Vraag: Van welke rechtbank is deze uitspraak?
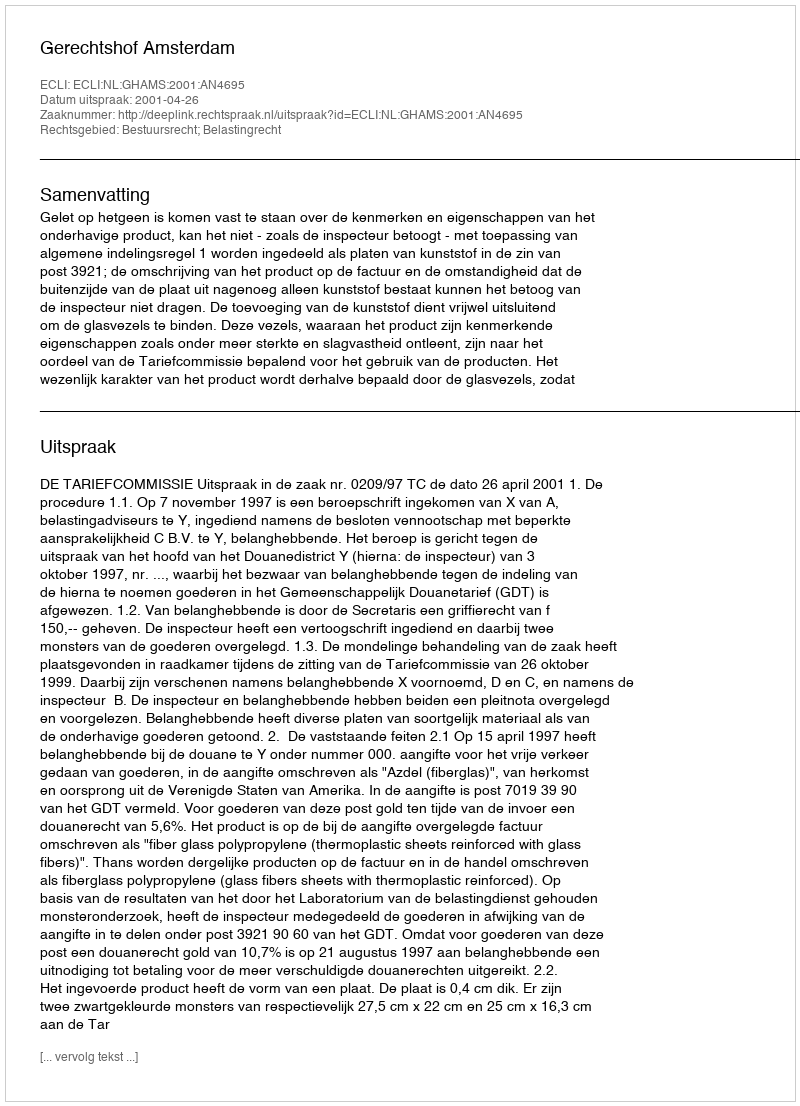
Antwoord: Gerechtshof Amsterdam